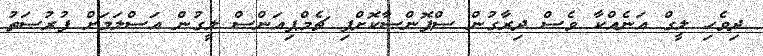
ދިވެހި ލީގް އަނެއްކާ ވެސް ދިރާގުން ސްޕޮންސާކޮށްފި ޗެމްޕިއަންސް ލީގުން އަސްލަމަށް ފުރުސަތު